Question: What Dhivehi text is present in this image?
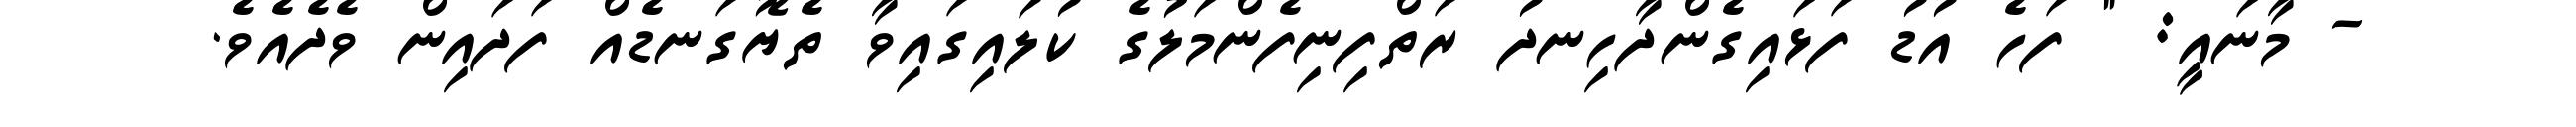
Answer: - މާނައީ: " ފަހެ އުޑު ފަޅައިގެންދާހިނދު ރަތްފިނިފެންމަލުގެ ކުލައިގައިވާ ތެޔޮގަނޑެއް ފަދައިން ވެދެއެވެ.